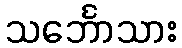
သင်္ဘောသား